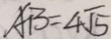
A B = 4 \sqrt { 5 }